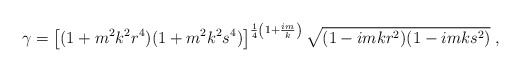
\begin{align*}\gamma=\left[(1+m^2k^2r^4)(1+m^2k^2s^4)\right]^{\frac{1}{4}\left(1+\frac{im}{k}\right)}\sqrt{(1-imkr^2)(1-imks^2)}\;,\end{align*}